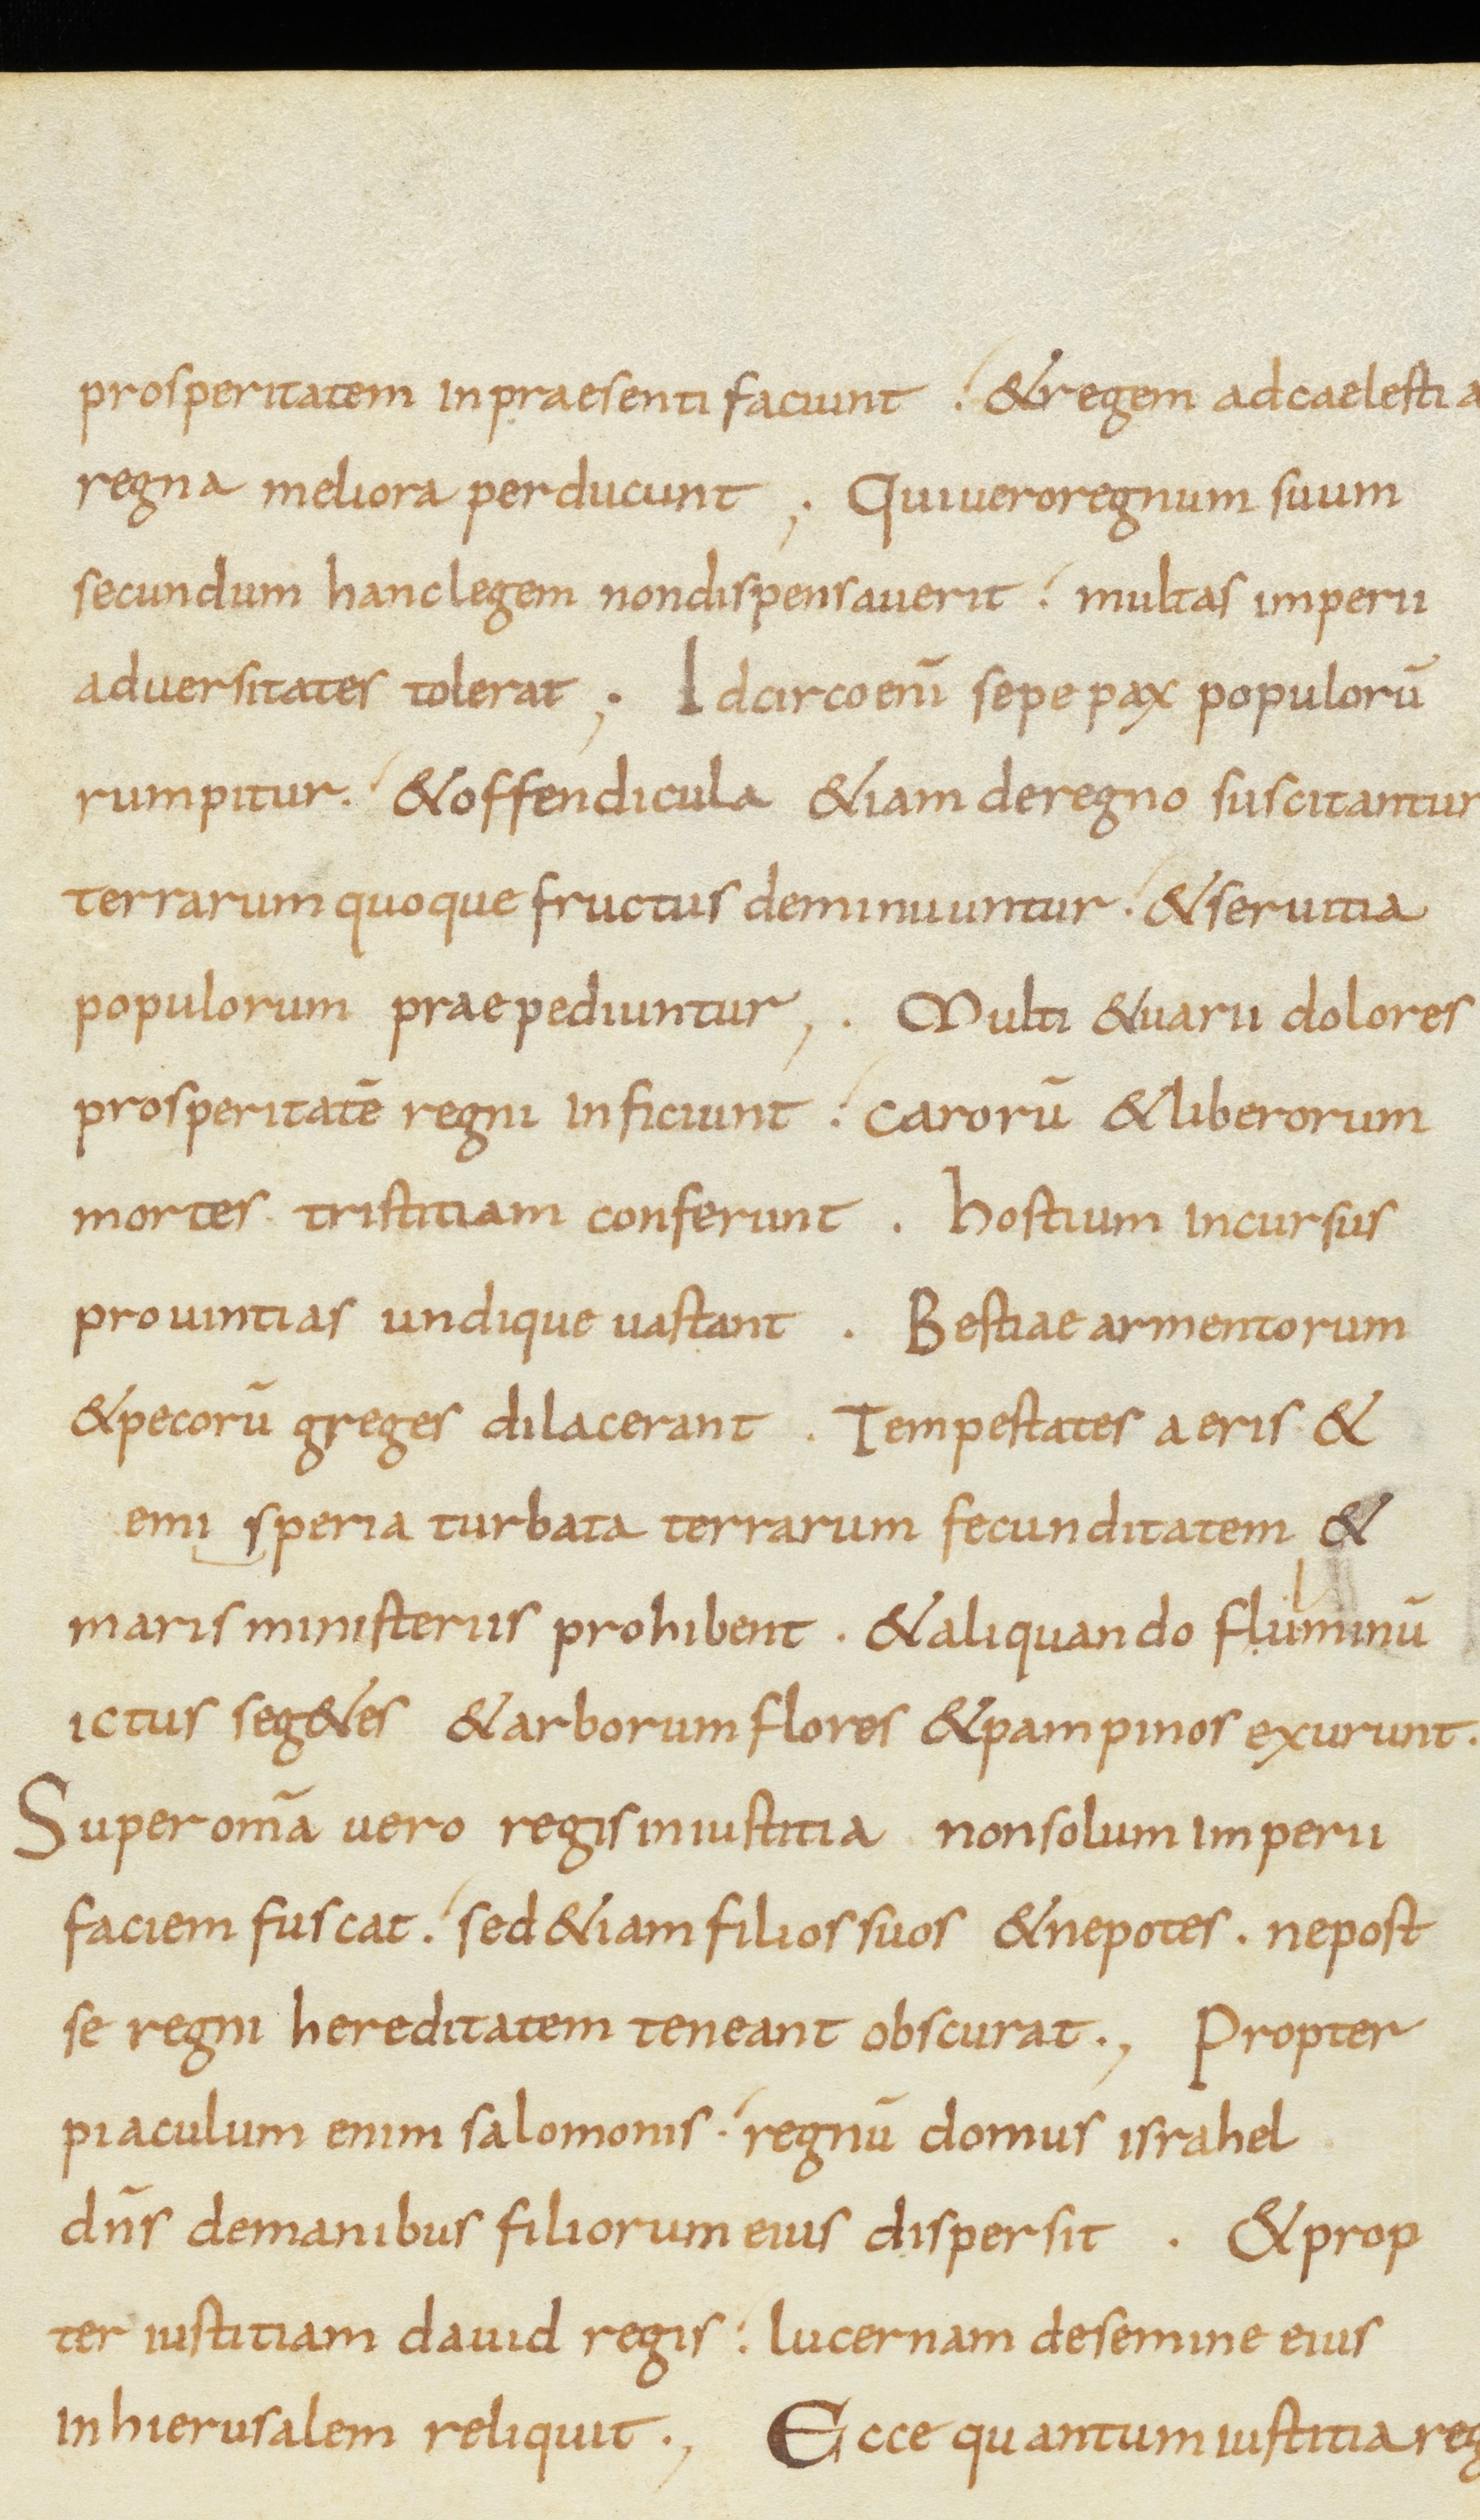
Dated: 800–899